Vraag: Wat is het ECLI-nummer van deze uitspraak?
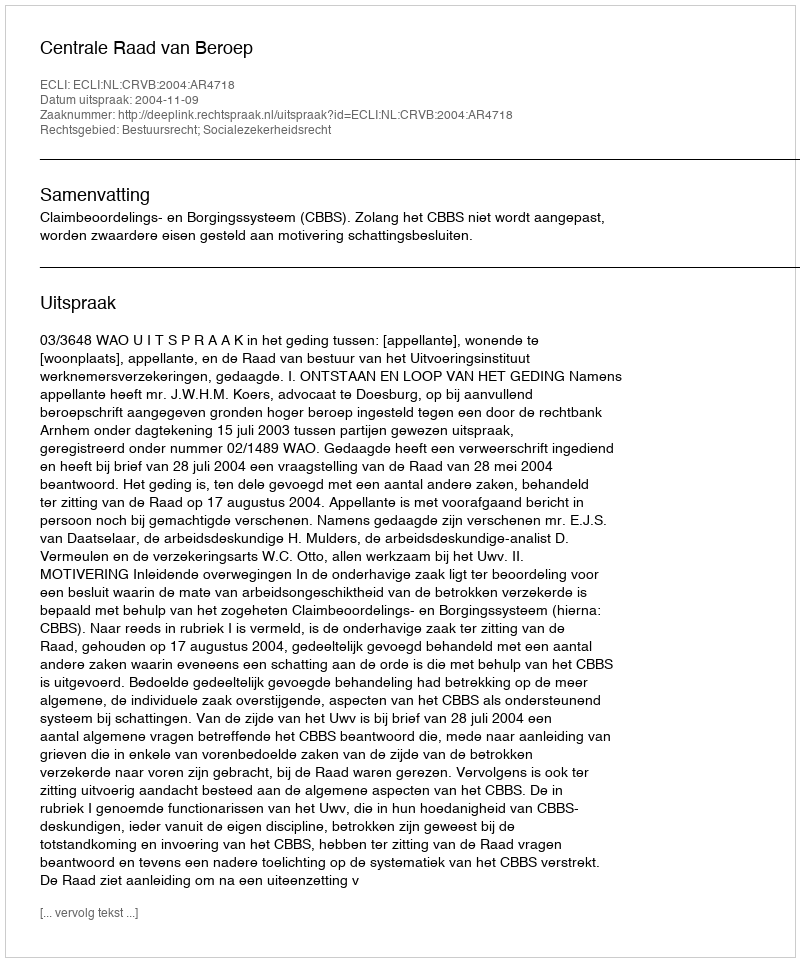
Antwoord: ECLI:NL:CRVB:2004:AR4718